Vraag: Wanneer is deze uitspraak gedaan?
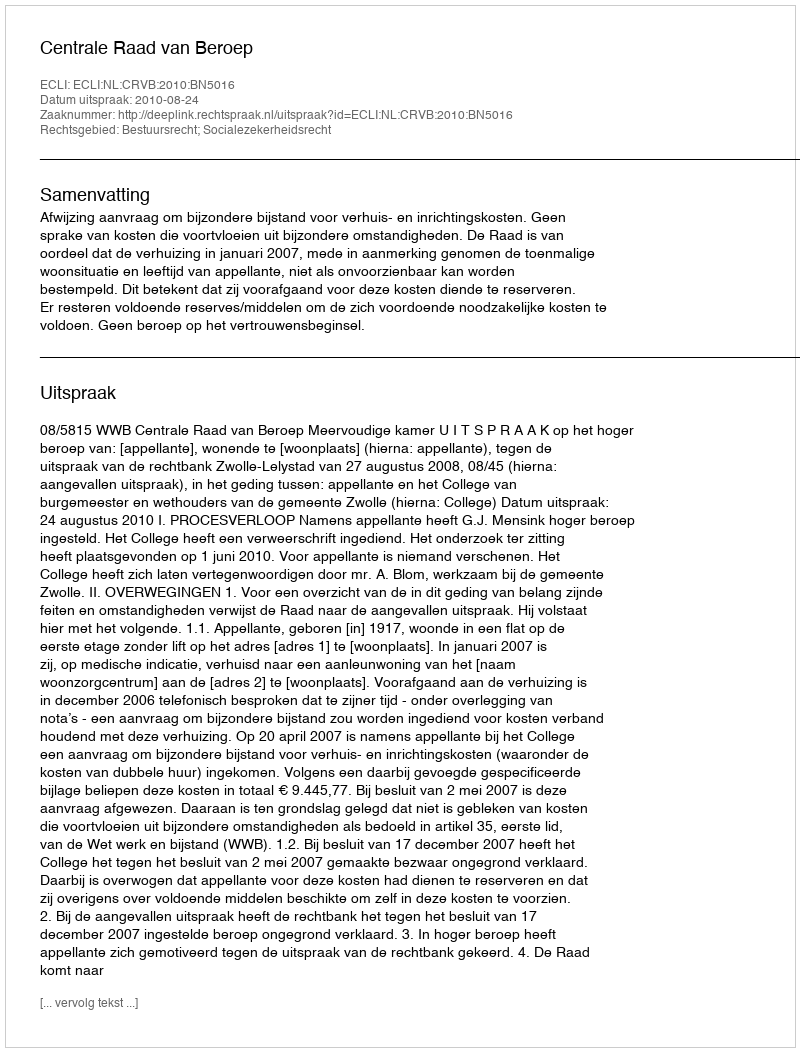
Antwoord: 2010-08-24